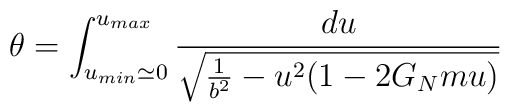
\theta = \int_{u_{min}\simeq0}^{u_{max}} {du \over\sqrt{ {1\over b^2} - u^2( 1-2G_N m u) }}